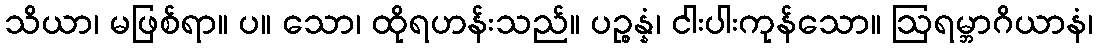
သိယာ၊ မဖြစ်ရာ။ ပ။ သော၊ ထိုရဟန်းသည်။ ပဉ္စန္နံ၊ ငါးပါးကုန်သော။ ဩရမ္ဘာဂိယာနံ၊